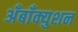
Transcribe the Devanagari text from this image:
अँबाँक्युशन